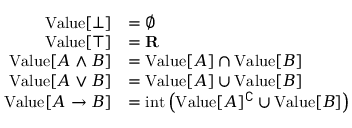
{ \begin{array} { r l } { { \mathrm { V a l u e } } [ \bot ] } & { = \emptyset } \\ { { \mathrm { V a l u e } } [ \top ] } & { = \mathbf { R } } \\ { { \mathrm { V a l u e } } [ A \land B ] } & { = { \mathrm { V a l u e } } [ A ] \cap { \mathrm { V a l u e } } [ B ] } \\ { { \mathrm { V a l u e } } [ A \lor B ] } & { = { \mathrm { V a l u e } } [ A ] \cup { \mathrm { V a l u e } } [ B ] } \\ { { \mathrm { V a l u e } } [ A \to B ] } & { = { \mathrm { i n t } } \left( { \mathrm { V a l u e } } [ A ] ^ { \complement } \cup { \mathrm { V a l u e } } [ B ] \right) } \end{array} }